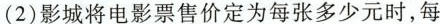
(2)影城将电影票售价定为每张多少元时，每